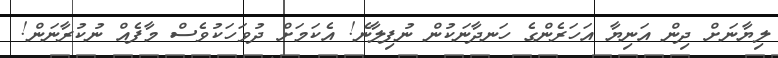
ލިޔާނަށް ދިން އަނިޔާ އަހަރެންގެ ހަނދާނަކުން ނުފިލާނެ! އެކަމަށް ދުވަހަކުވެސް މާފެއް ނުކުރާނަން!